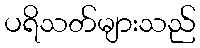
ပရိသတ်များသည်